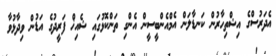
އެދަރުސްގެ އިޝްތިހާރުން ކަނޑާލަން އެމްއެންބީސީން އެންގި ތަންކޮޅުގައި ޝެއިޚް ފަރީދުގެ އަޑުން ވިދާޅުވާ